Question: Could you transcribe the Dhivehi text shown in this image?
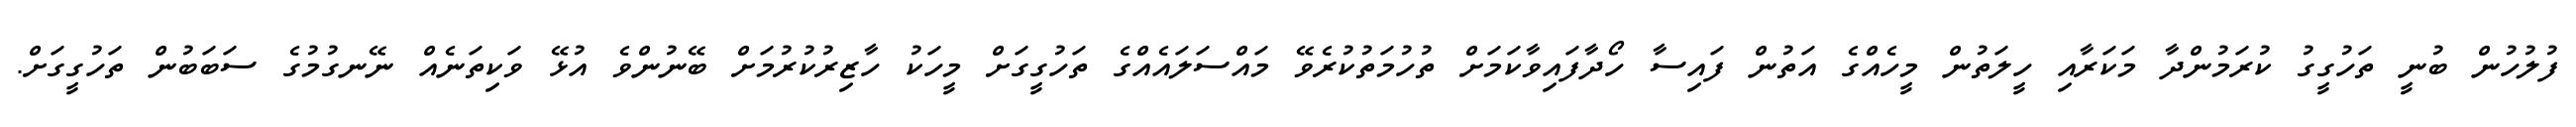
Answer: ފުލުހުން ބުނީ ތަހުގީގު ކުރަމުންދާ މަކަރާއި ހީލަތުން މީހެއްގެ އަތުން ފައިސާ ހޯދާފައިވާކަމަށް ތުހުމަތުކުރެވޭ މައްސަލައެއްގެ ތަހުގީގަށް މީހަކު ހާޒިރުކުރުމަށް ބޭނުންވެ އުޅޭ ވަކިތަނެއް ނޭނގުމުގެ ސަބަބުން ތަހުގީގަށް.